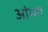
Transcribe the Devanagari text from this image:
आंभग